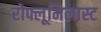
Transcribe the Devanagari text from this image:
रोफ्लूमिलास्ट